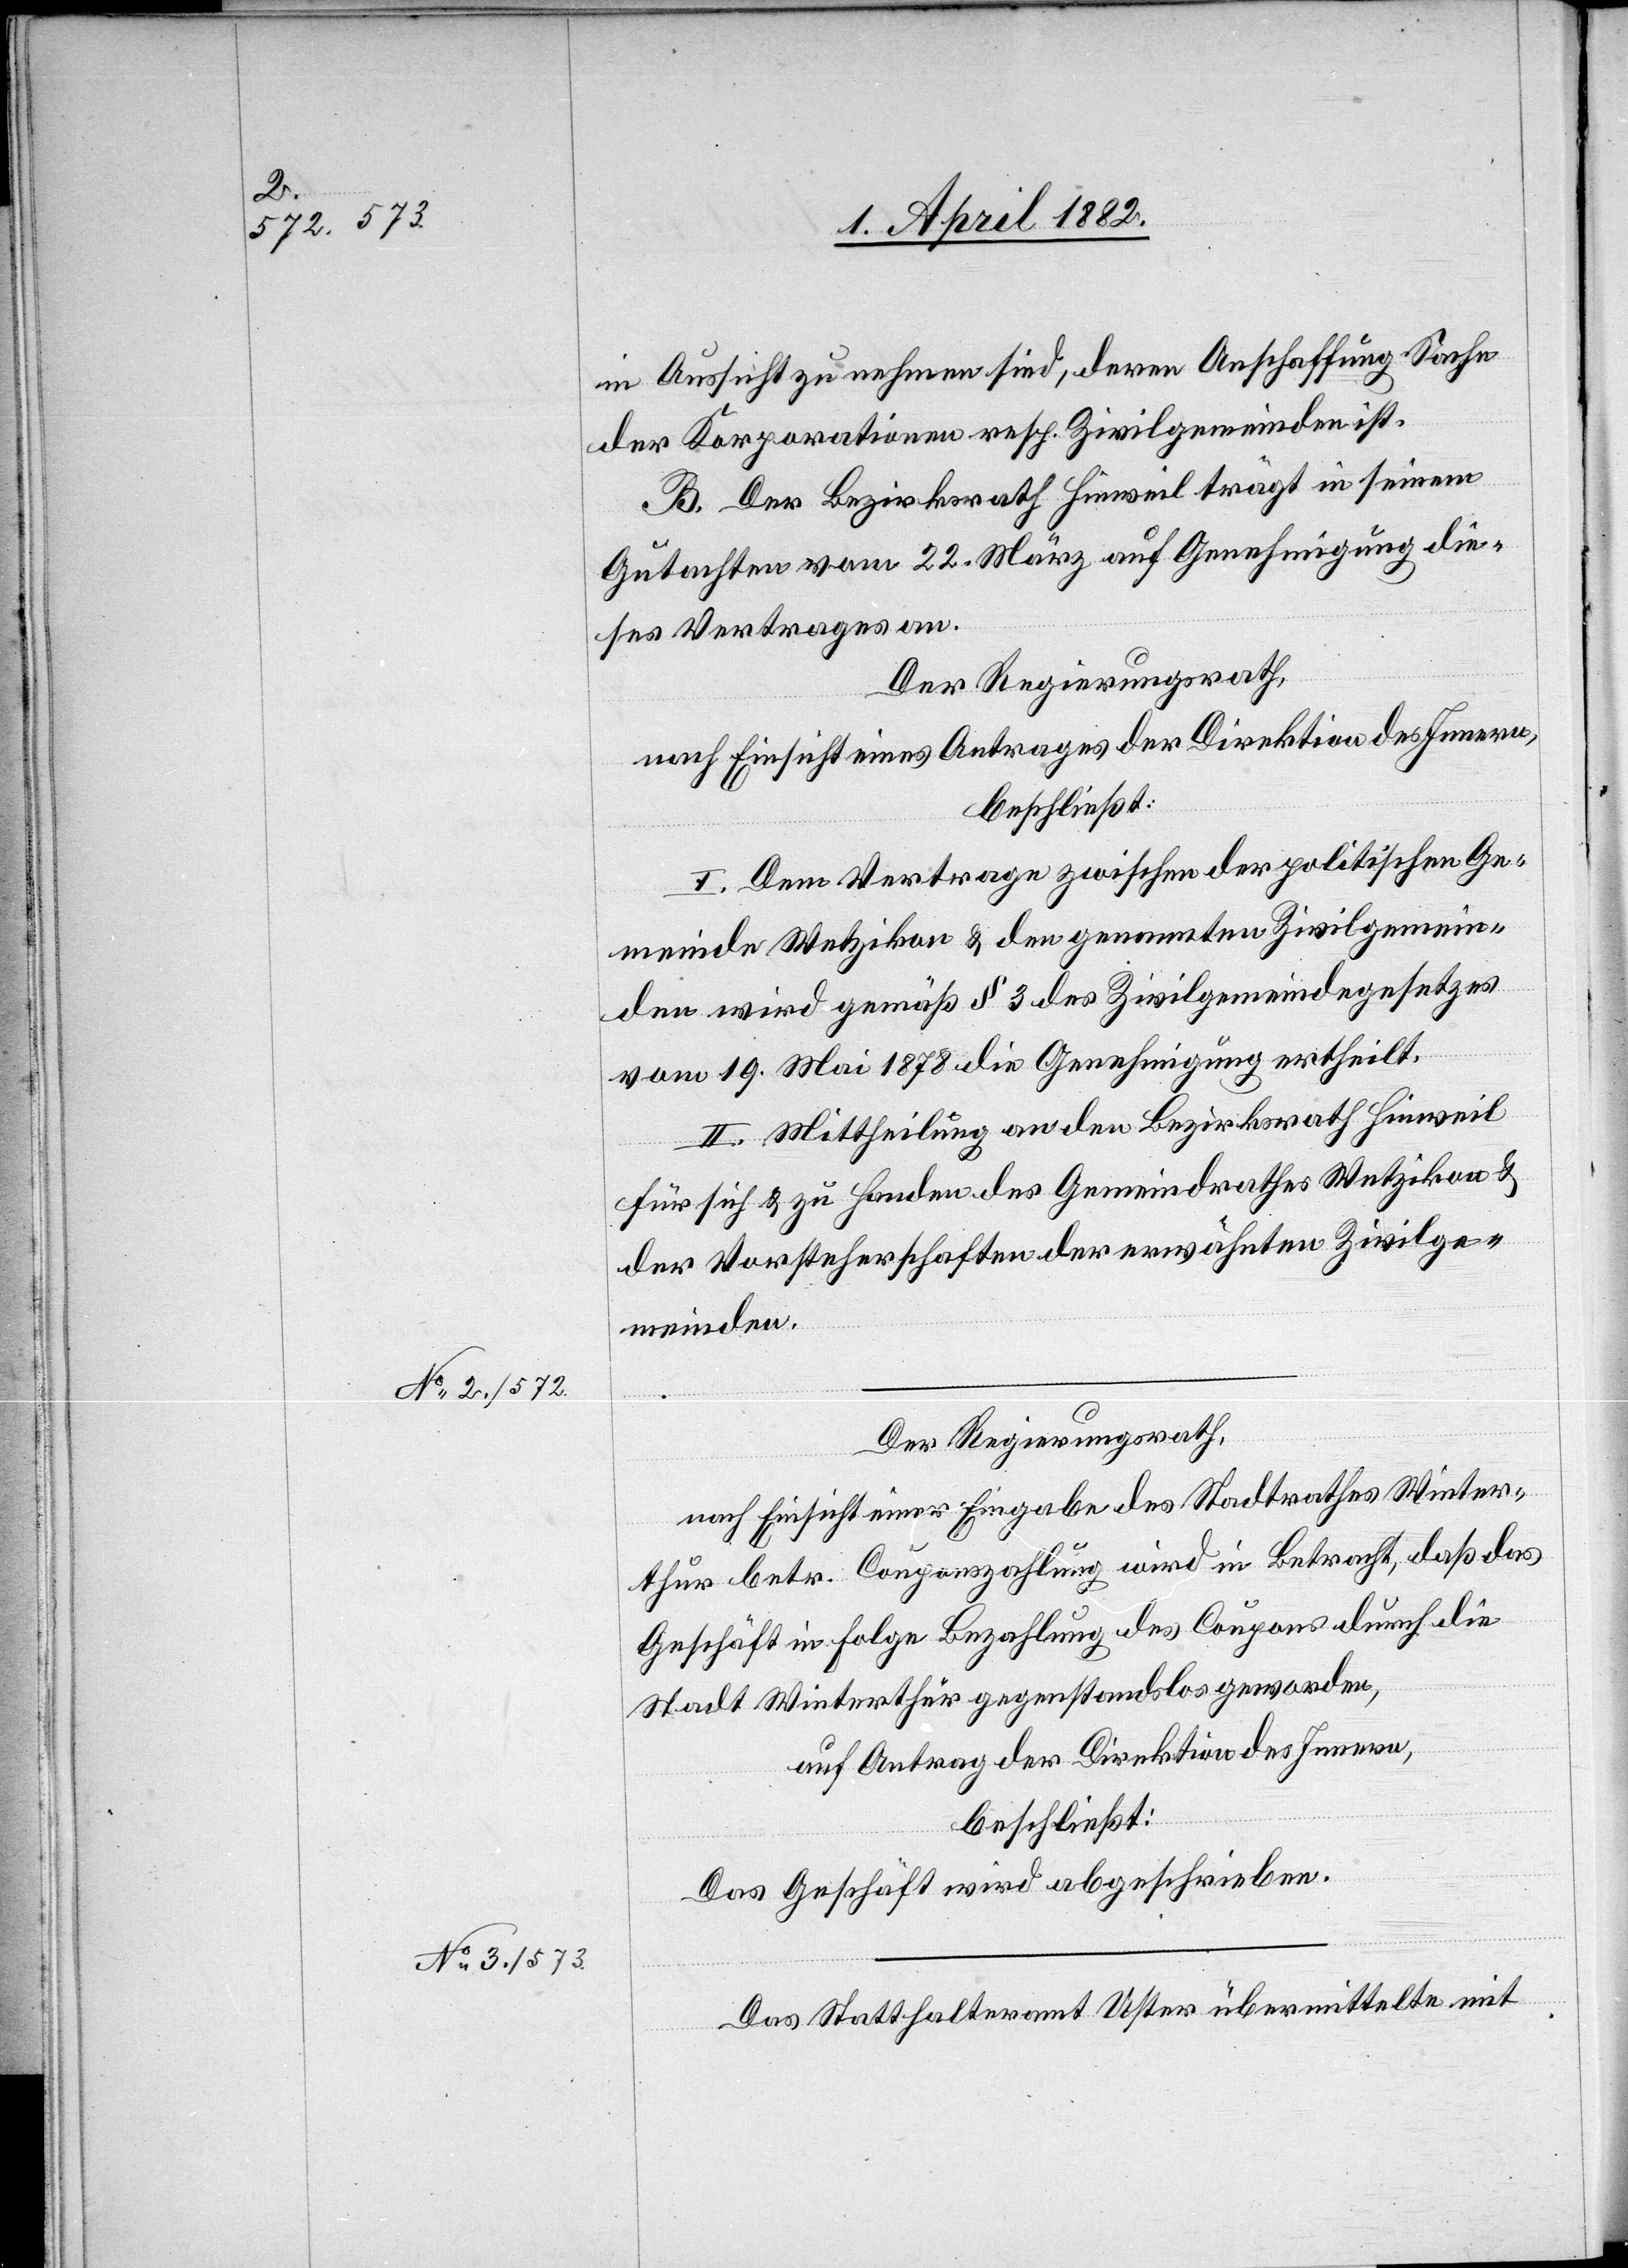
in Aussicht zu nehmen sind, deren Anschaffung Sache
der Korporationen resp. Zivilgemeinden ist.
B. Der Bezirksrath Hinweil trägt in seinem
Gutachten vom 22. März auf Genehmigung die¬
ses Vertrages an.
Der Regierungsrath,
nach Einsicht eines Antrages der Direktion des Innern,
beschließt:
I. Dem Vertrage zwischen der politischen Ge¬
meinde Wetzikon & den genannten Zivilgemein¬
den wird gemäß § 3 des Zivilgemeindegesetzes
vom 19. Mai 1878 die Genehmigung ertheilt.
II. Mittheilung an den Bezirksrath Hinweil
für sich & zu Handen des Gemeindrathes Wetzikon &
der Vorsteherschaften der erwähnten Zivilge¬
meinden.
Der Regierungsrath,
nach Einsicht einer Eingabe des Stadtrathes Winter¬
thur betr. Couponszahlung wird [sic!] in Betracht, daß das
Geschäft in Folge Bezahlung des Coupons durch die
Stadt Winterthur gegenstandslos geworden,
auf Antrag der Direktion des Innern,
beschließt:
Das Geschäft wird abgeschrieben.
Das Statthalteramt Uster übermittelte mit